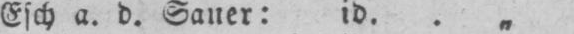
Esch a. d. Sauer: id.. „